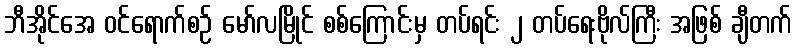
ဘီအိုင်အေ ဝင်ရောက်စဉ် မော်လမြိုင် စစ်ကြောင်းမှ တပ်ရင်း ၂ တပ်ရေးဗိုလ်ကြီး အဖြစ် ချီတက်